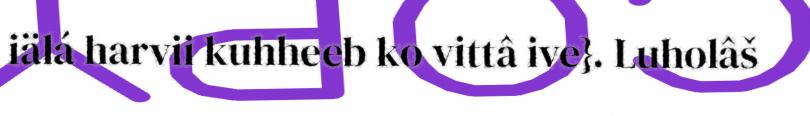
iälá harvii kuhheeb ko vittâ ive}. Luholâš